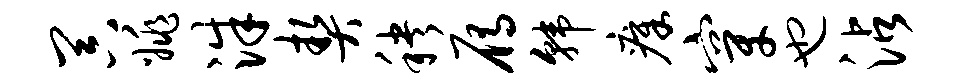
器姚洙契秧雁韩瘴穿也沾